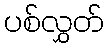
ပစ်လွှတ်